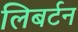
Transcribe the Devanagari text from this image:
लिबर्टन